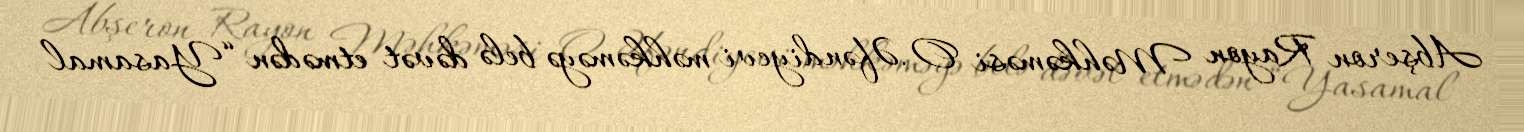
Abşeron Rayon Məhkəməsi O.Əfəndiyevi məhkəməyə belə dəvət etmədən “Yasamal